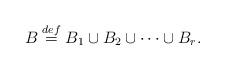
LaTeX: \begin{align*}B \stackrel{def}{=} B_1 \cup B_2 \cup \cdots \cup B_r.\end{align*}